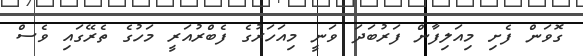
ގޮވަން ފެށި މިއަލިފާން ފަރުބަދަ ވަނީ މިއަހަރުގެ ފެބްރުއަރީ މަހުގެ ތެރޭގައި ވެސް